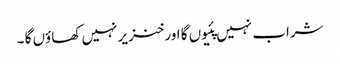
شراب نہیں پئیوں گا اور خنزیر نہیں کھاؤں گا ۔